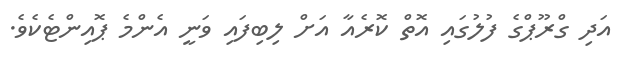
އަދި ގްރޫޕްގެ ފުލުގައި އޮތް ކޮރެއާ އަށް ލިބިފައި ވަނީ އެންމެ ޕޮއިންޓެކެވެ.